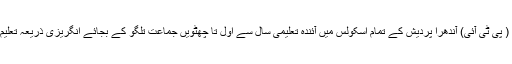
/20نومبر، ( پی ٹی آئی) آندھرا پردیش کے تمام اسکولس میں آئندہ تعلیمی سال سے اول تا چھٹویں جماعت تلگو کے بجائے انگریزی ذریعہ تعلیم رائج ہوگی۔